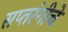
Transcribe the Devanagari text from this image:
सप्तरंगीचे